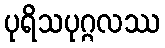
ပုရိသပုဂ္ဂလဿ